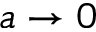
a \rightarrow 0